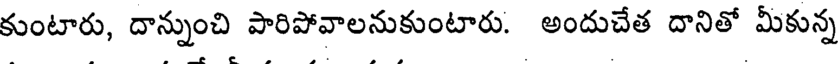
కుంటారు, దాన్నుంచి పారిపోవాలనుకుంటారు. అందుచేత దానితో మీకున్న